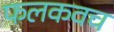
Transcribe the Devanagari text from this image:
फलकवच